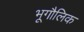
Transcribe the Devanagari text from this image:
भूगौलिक